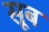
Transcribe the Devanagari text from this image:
सूब